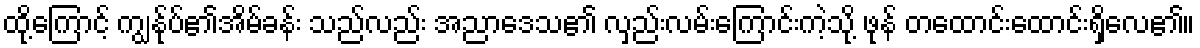
ထို့ကြောင့် ကျွန်ုပ်၏အိမ်ခန်း သည်လည်း အညာဒေသ၏ လှည်းလမ်းကြောင်းကဲ့သို့ ဖုန် တထောင်းထောင်းရှိလေ၏။